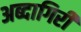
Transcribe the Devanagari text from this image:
अब्दागिरी